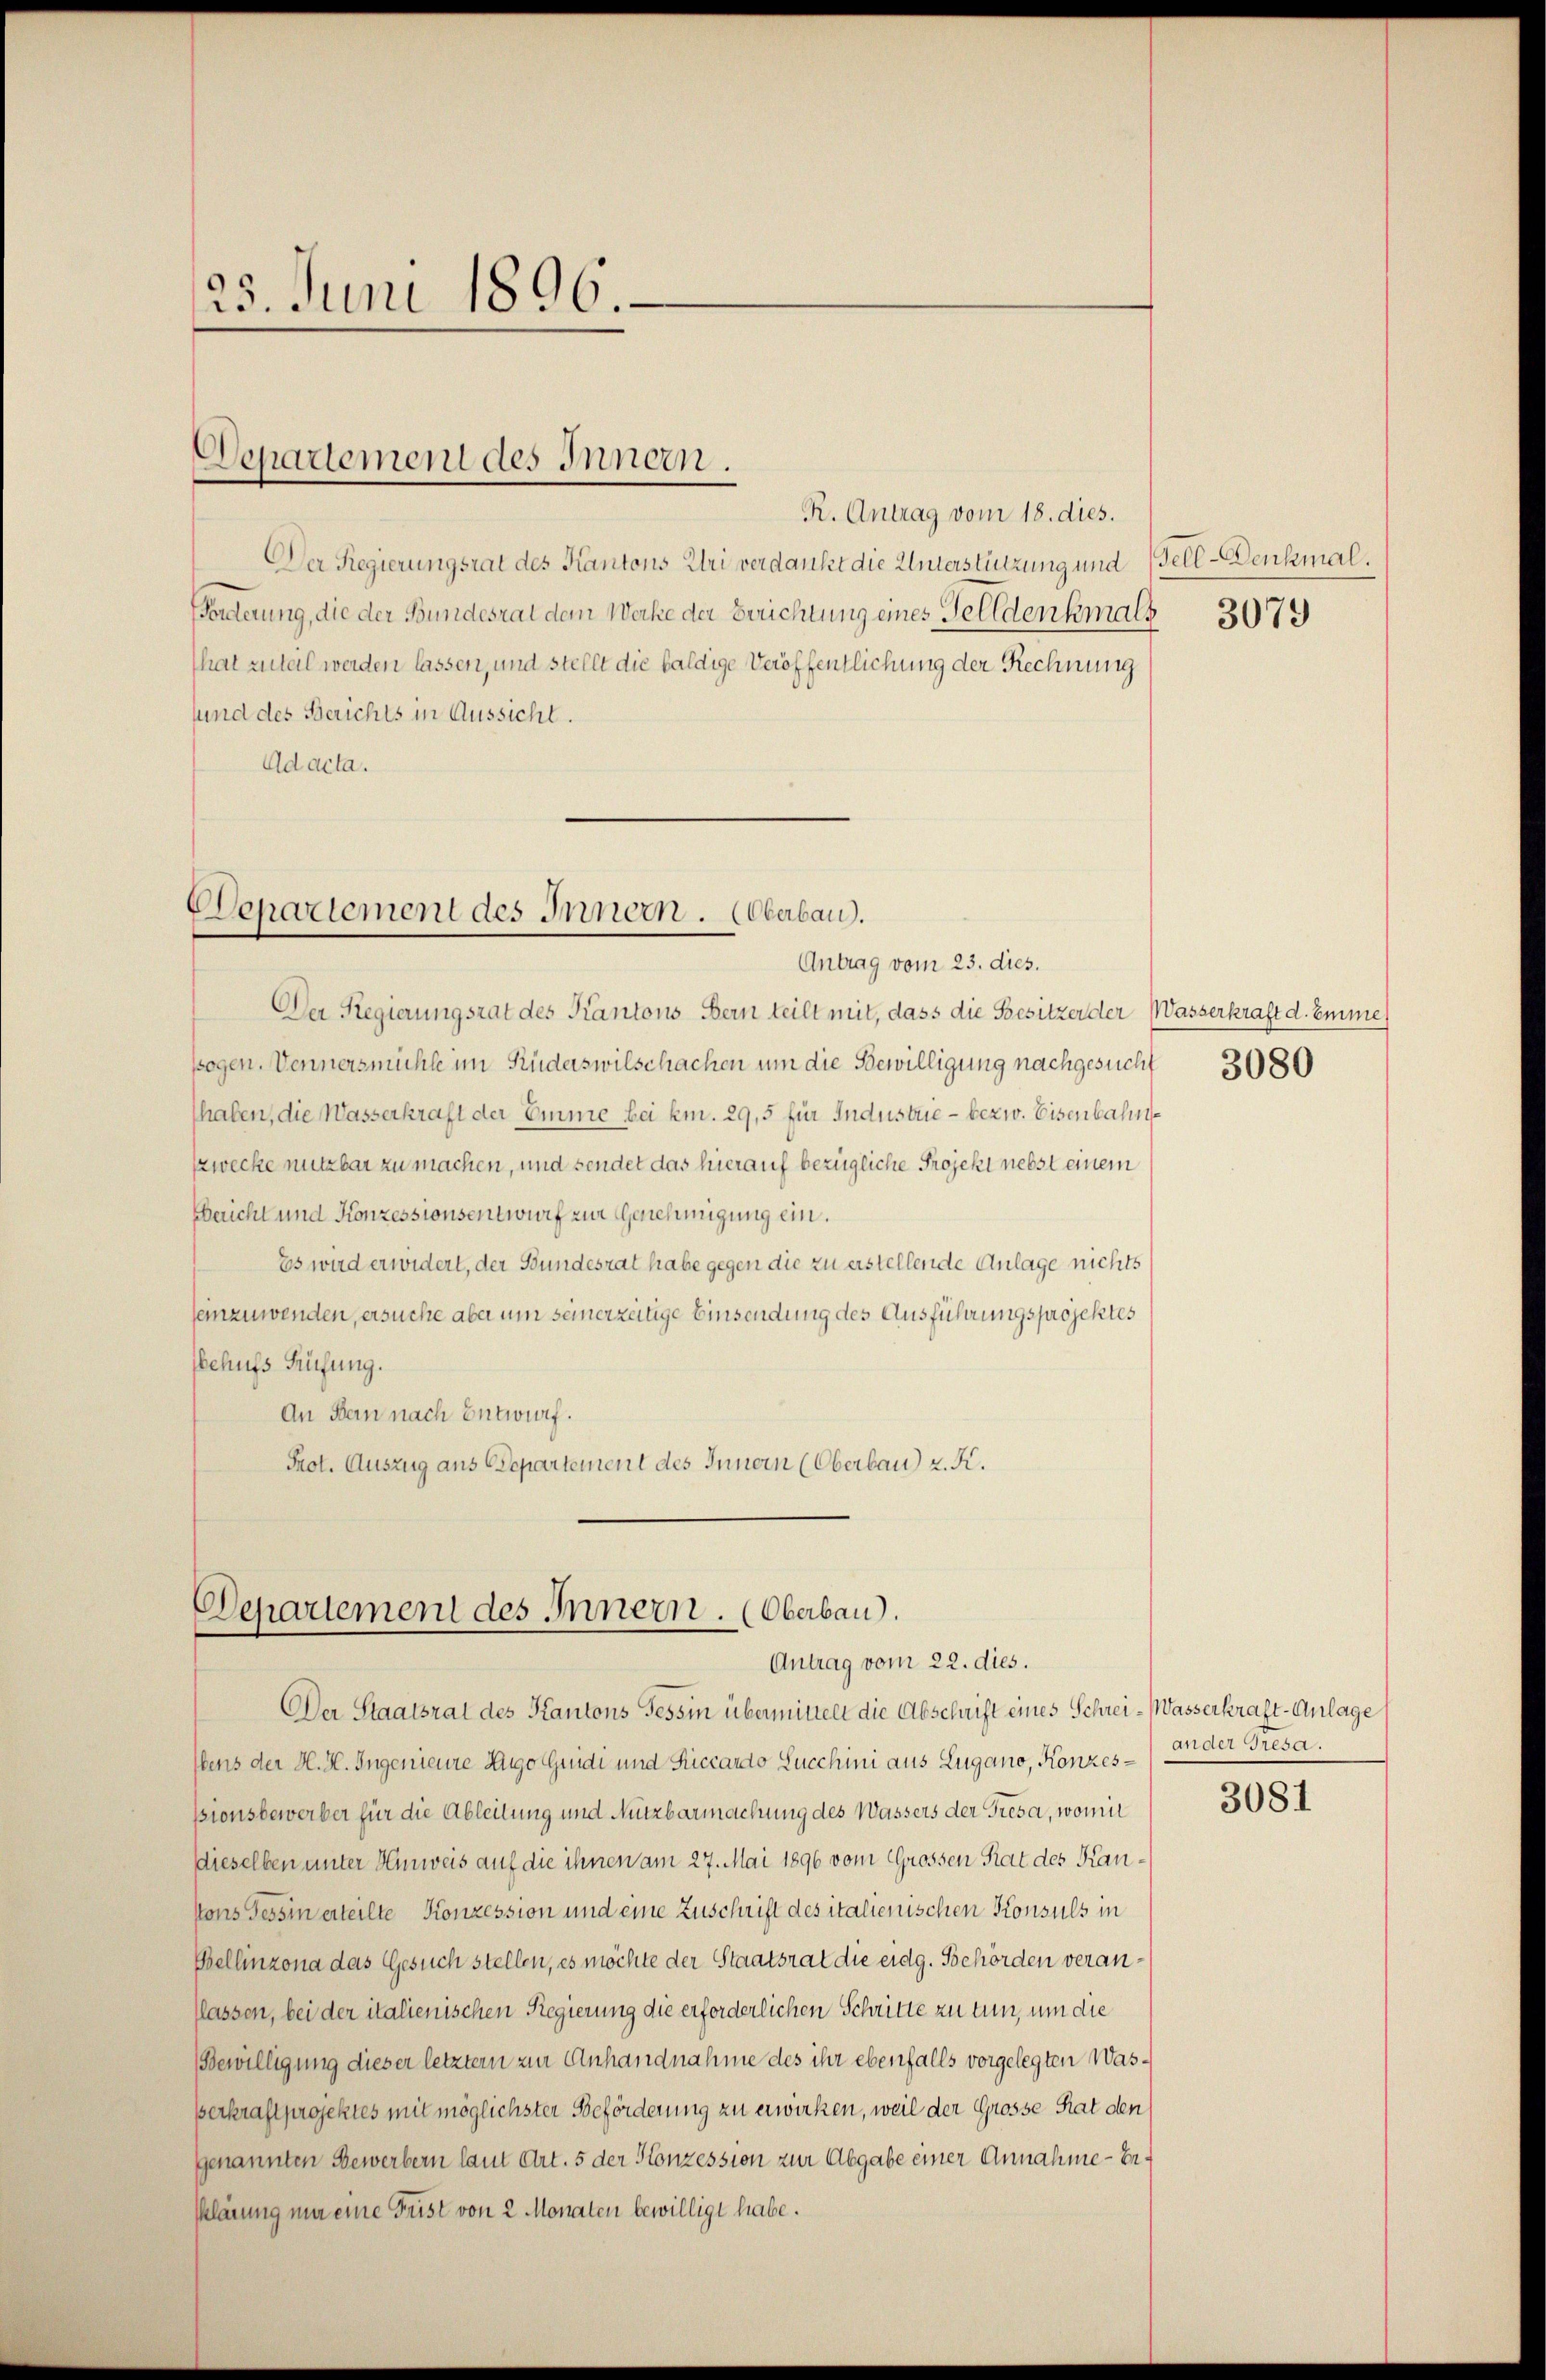
25. Juni 1896.

Departement des Innern.

R. Antrag vom 18. dies.
Der Regierungsrat des Kantons Uri verdankt die Unterstützung und Fell-Denkmal.
(Forderung, die der Bundesrat dem Werke der Berichtung eines Tell denkmals
That zutal werden lassen, und stellt die baldige Veröffentlichung der Rechnung
sund des Berichts in Aussicht.
Ad acta.

Departement des Innern. Oberbau.

Antrag vom 23. dies.
Der Regierungsrat des Kantons Bern teilt mit, dass die Besitzer der Wasserkraft d. Emme
sogen. Wennersmühle im Ruderswilschachen um die Bewilligung nachgesucht 3080
haben, die Wasserkraft der Emme bei km. 29,5 für Industrie - bezw. Eisenbahn
szwecke nutzbar zu machen, und sendet das hierauf bezügliche Projekt nebst einem
Bericht und Konzessionsentwurf zur Genehmigung ein.
Es wird erwidert, der Bundesrat habe gegen die zu erstellende Anlage nichts
seinzuwenden, ersuche aber um seinerzeitige Einsendung des Ausführungsprojektes
Behufs Prüfung.
An Bern nach Entwurf.
Prot. Auszug aus Departement des Innern (Oberbau) z. K.

Departement des Innern. (Oberbau).
Antrag vom 22. dies.

Der Staatsrat des Kantons Tessin übermittelt die Abschrift eines Schrei- Wasserkraft-Anlage
Ebens der H. H. Ingenieure Hugo Guidi und Riccardo Lucchini aus Lugano, Konzes ander Gresa
ssionsbewerber für die Ableitung und Nutzbarmachung des Wassers der Fresa, womit
dieselben unter Hinweis auf die ihnen am 27. Mai 1896 vom Grossen Rat des Kan¬
Vons Tessin erteilte Konzession und eine Zuschrift des italienischen Konsuls in
Bellinzona das Gesuch stellen, es möchte der Staatsrat die eidg. Behörden veranlassen, bei der italienischen Regierung die erforderlichen Schritte zu tun, um die
Bewilligung dieser letzter zur Anhandnahme des ihr ebenfalls vorgelegten Wasßerkraft projektes mit möglichster Beförderung zu erwirken, weil der Grosse Rat den
genannten Bewerbern laut Art. 5 der Konzession zur Abgabe einer Annahme - beklärung nur eine Frist von 2 Monaten bewilligt habe.

3079

3081